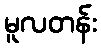
မူလတန်း